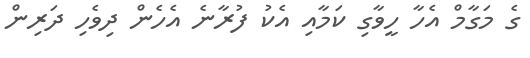
ގެ މަގާމް އެހާ ހީވާގި ކަމާއި އެކު ފުރާނެ އެހެން ދިވެހި ދަރިން